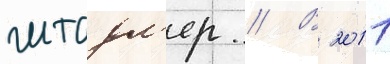
штадл'ер // В 2011